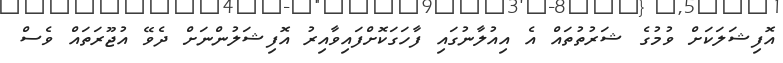
އޮފިޝަލަކަށް ވުމުގެ ޝަރުތުތައް އެ އިއުލާނުގައި ފާހަގަކޮށްފައިވާއިރު އޮފިޝަލުންނަށް ދެވޭ އުޖޫރަތައް ވެސް